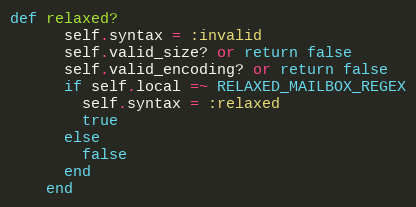
Language: Ruby
def relaxed?
      self.syntax = :invalid
      self.valid_size? or return false
      self.valid_encoding? or return false
      if self.local =~ RELAXED_MAILBOX_REGEX
        self.syntax = :relaxed
        true
      else
        false
      end
    end